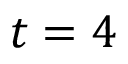
t = 4